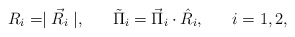
\begin{align*}R_i=\mid\vec{R}_{i}\mid,\;\;\;\;\;\;\tilde{\Pi}_{i}=\vec{\Pi}_{i}\cdot\hat{R}_{i},\;\;\;\;\;\;i=1,2, \end{align*}